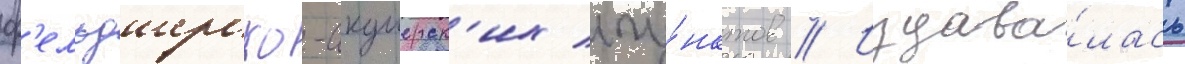
ф'ельдшерско-акушерск'их пу́нктов // Издава́лась